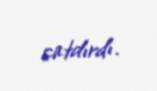
çatdırdı.